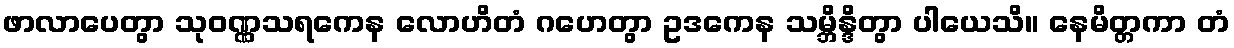
ဖာလာပေတွာ သုဝဏ္ဏသရကေန လောဟိတံ ဂဟေတွာ ဥဒကေန သမ္ဘိန္ဒိတွာ ပါယေသိ။ နေမိတ္တကာ တံ